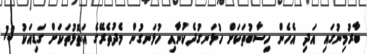
ބާރުމިނުގައި އަދި އެހެން ހިސާބުތަކަށް ހުޅަނގުދެކުނާއި ހުޅަނގުން މެދުތެރޭގެ އަތޮޅުތަކަށް ގަޑިއަކު 13